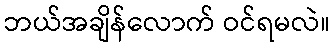
ဘယ်အချိန်လောက် ဝင်ရမလဲ။